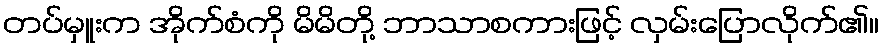
တပ်မှူးက အိုက်စံကို မိမိတို့ ဘာသာစကားဖြင့် လှမ်းပြောလိုက်၏။